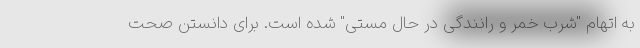
به اتهام "شرب خمر و رانندگی در حال مستی" شده است. برای دانستن صحت